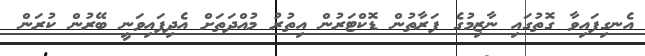
އެނގިފައިވާ ގޮތުގައި ނާޒިމުގެ ފަރާތުން ޑޮކްޓަރުން އިތުރު މުއްދަތަށް އެދިފައިވަނީ ބޭރުން ކުރަން